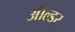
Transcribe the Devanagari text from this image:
ऑल्‍डर